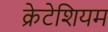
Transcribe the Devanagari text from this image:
क्रेटेशियम